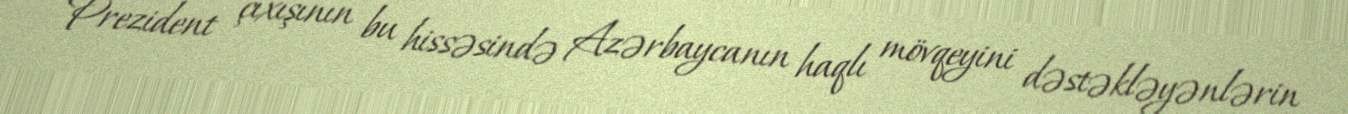
Prezident çıxışının bu hissəsində Azərbaycanın haqlı mövqeyini dəstəkləyənlərin